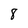
Character: 8